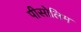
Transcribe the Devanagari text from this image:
पीसोलिम